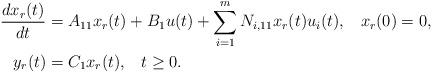
LaTeX: \begin{align*} \frac{dx_r(t)}{dt}&=A_{11}x_r(t)+B_1u(t)+\sum_{i=1}^m N_{i, 11} x_r(t)u_i(t),\;\;\;x_r(0)=0,\\ y_r(t)&=C_1x_r(t), \;\;\;t\geq 0. \end{align*}